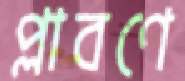
প্লাবণে